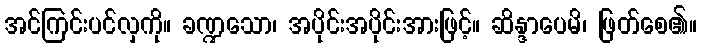
အင်ကြင်းပင်လှကို။ ခဏ္ဍသော၊ အပိုင်းအပိုင်းအားဖြင့်။ ဆိန္ဒာပေမိ၊ ဖြတ်စေ၏။